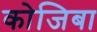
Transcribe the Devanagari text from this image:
कोजिबा